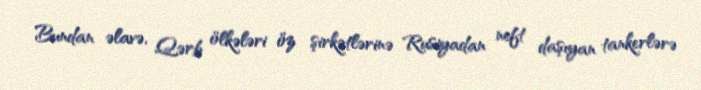
Bundan əlavə, Qərb ölkələri öz şirkətlərinə Rusiyadan neft daşıyan tankerlərə